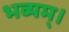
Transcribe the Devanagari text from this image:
भव्यम्।